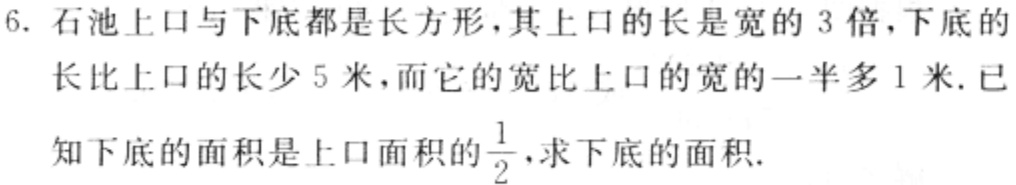
6. 石池上口与下底都是长方形，其上口的长是宽的 3 倍，下底的长比上口的长少 5 米，而它的宽比上口的宽的一半多 1 米. 已知下底的面积是上口面积的$\frac{1}{2}$，求下底的面积.